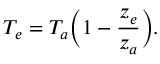
T _ { e } = T _ { a } \bigg ( 1 - { \frac { z _ { e } } { z _ { a } } } \bigg ) .